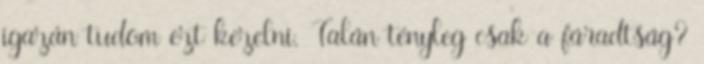
igazán tudom ezt kezelni. Talán tényleg csak a fáradtság?